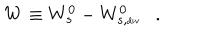
LaTeX: W \equiv W _ { s } ^ { 0 } - W _ { s , \tiny { \mathrm { d i v } } } ^ { 0 } .